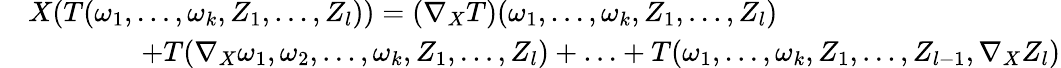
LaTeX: \begin{array}{rl}&{X(T(\omega_{1},\dots,\omega_{k},Z_{1},\dots,Z_{l}))=(\nabla_{X}T)(\omega_{1},\dots,\omega_{k},Z_{1},\dots,Z_{l})}\\ &{\qquad\qquad+T(\nabla_{X}\omega_{1},\omega_{2},\dots,\omega_{k},Z_{1},\dots,Z_{l})+\ldots+T(\omega_{1},\dots,\omega_{k},Z_{1},\dots,Z_{l-1},\nabla_{X}Z_{l})}\end{array}